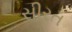
સીરત